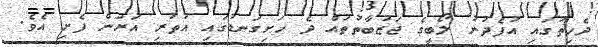
ދެހިތުގައި އުފެދުނު ލޯބީގެ ޖަޒުބާތުތައް ދެ ހަށިގަނޑުގައި އުތުރި އަރަން ފެށި އެވެ.